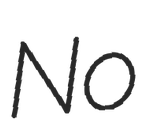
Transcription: No